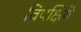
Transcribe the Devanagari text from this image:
विपक्षिये